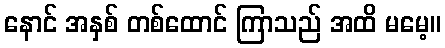
နောင် အနှစ် တစ်ထောင် ကြာသည် အထိ မမေ့။